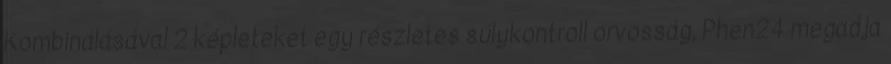
Kombinálásával 2 képleteket egy részletes súlykontroll orvosság, Phen24 megadja